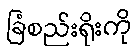
ခြံစည်းရိုးကို